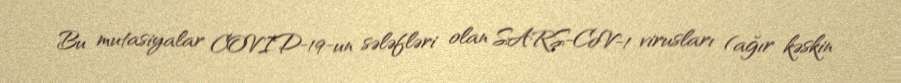
Bu mutasiyalar COVID-19-un sələfləri olan SARS-CoV-1 virusları (ağır kəskin